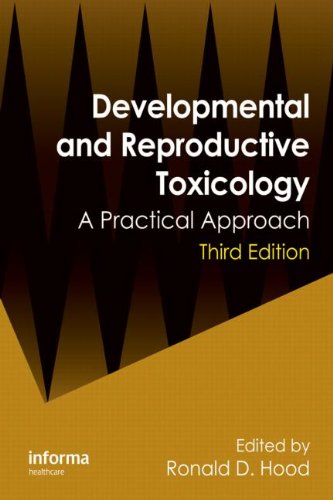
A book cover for Developmental and Reproductive Toxicology: A Practical Approach, Third Edition; Medical Books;